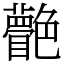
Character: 䒐